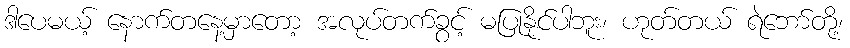
ဒါပေမယ့် နောက်တနေ့မှာတော့ အလုပ်တက်ခွင့် မပြုနိုင်ပါဘူး၊ ဟုတ်တယ် ရဲဘော်တို့၊